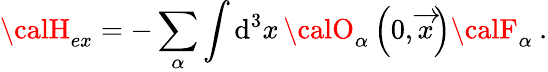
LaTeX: {\calH}_{ex}=-\sum_{\alpha}\int\mathrm{d}^{3}x\, {\calO}_{\alpha}\left(0,\overrightarrow{{x}}\right){\calF}_{\alpha}\: .